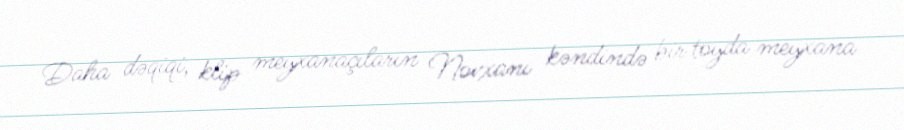
Daha dəqiqi, klip meyxanaçıların Novxanı kəndində bir toyda meyxana